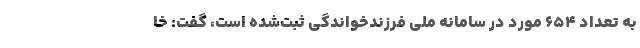
به تعداد ۶۵۴ مورد در سامانه ملی فرزندخواندگی ثبت‌شده است، گفت: خا